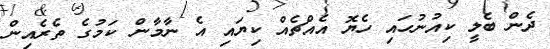
ދެން ބެލީ ކިއުނުހައި ހެޔޮ އެއްޗެއް ކިޔައި އެ ނާމާން ކަމުގެ ތެރެއިން